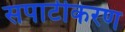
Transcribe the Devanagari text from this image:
सपाटीकरण